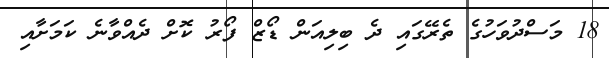
18 މަސްދުވަހުގެ ތެރޭގައި ދެ ބިލިއަން ޑޯޒް ފޯރު ކޮށް ދެއްވާނެ ކަމަށާއި